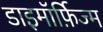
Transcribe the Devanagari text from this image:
डाइमॉर्फ़िज्म